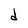
Character: d